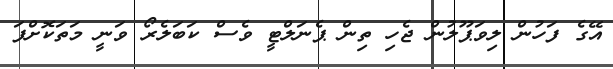
އޭގެ ފަހުން ލިވަޕޫލުން ޖެހި ތިން ޕެނަލްޓީ ވެސް ކަބަލެރޯ ވަނީ މަތަކޮށްފަ